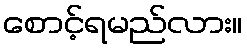
စောင့်ရမည်လား။